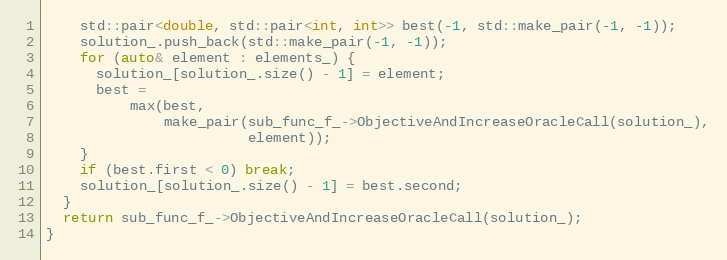
Language: C++
    std::pair<double, std::pair<int, int>> best(-1, std::make_pair(-1, -1));
    solution_.push_back(std::make_pair(-1, -1));
    for (auto& element : elements_) {
      solution_[solution_.size() - 1] = element;
      best =
          max(best,
              make_pair(sub_func_f_->ObjectiveAndIncreaseOracleCall(solution_),
                        element));
    }
    if (best.first < 0) break;
    solution_[solution_.size() - 1] = best.second;
  }
  return sub_func_f_->ObjectiveAndIncreaseOracleCall(solution_);
}